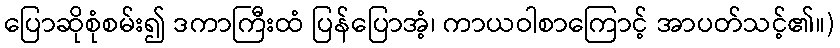
ပြောဆိုစုံစမ်း၍ ဒကာကြီးထံ ပြန်ပြောအံ့၊ ကာယဝါစာကြောင့် အာပတ်သင့်၏။)